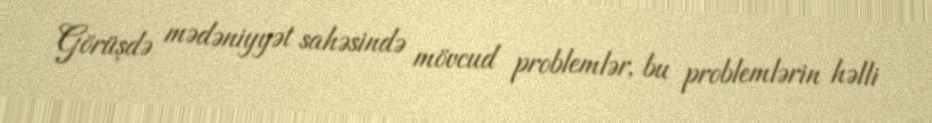
Görüşdə mədəniyyət sahəsində mövcud problemlər, bu problemlərin həlli